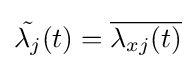
{\tilde {\lambda _{j}}}(t)={\overline {\lambda _{xj}(t)}}